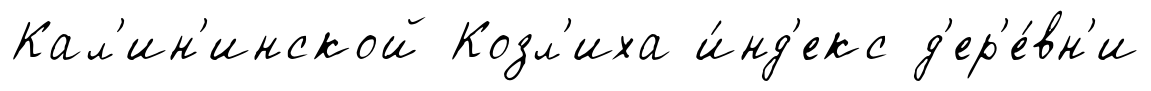
Кал'ин'инской Козл'иха и́нд'екс д'ер'е́вн'и